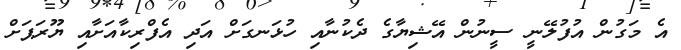
އެ މަގުން އުފުލޭނީ ސީނުން އޭޝިޔާގެ ދެކުނާއި ހުޅަނގަށް އަދި އެފްރިކާއަށާއި ޔޫރަޕަށް